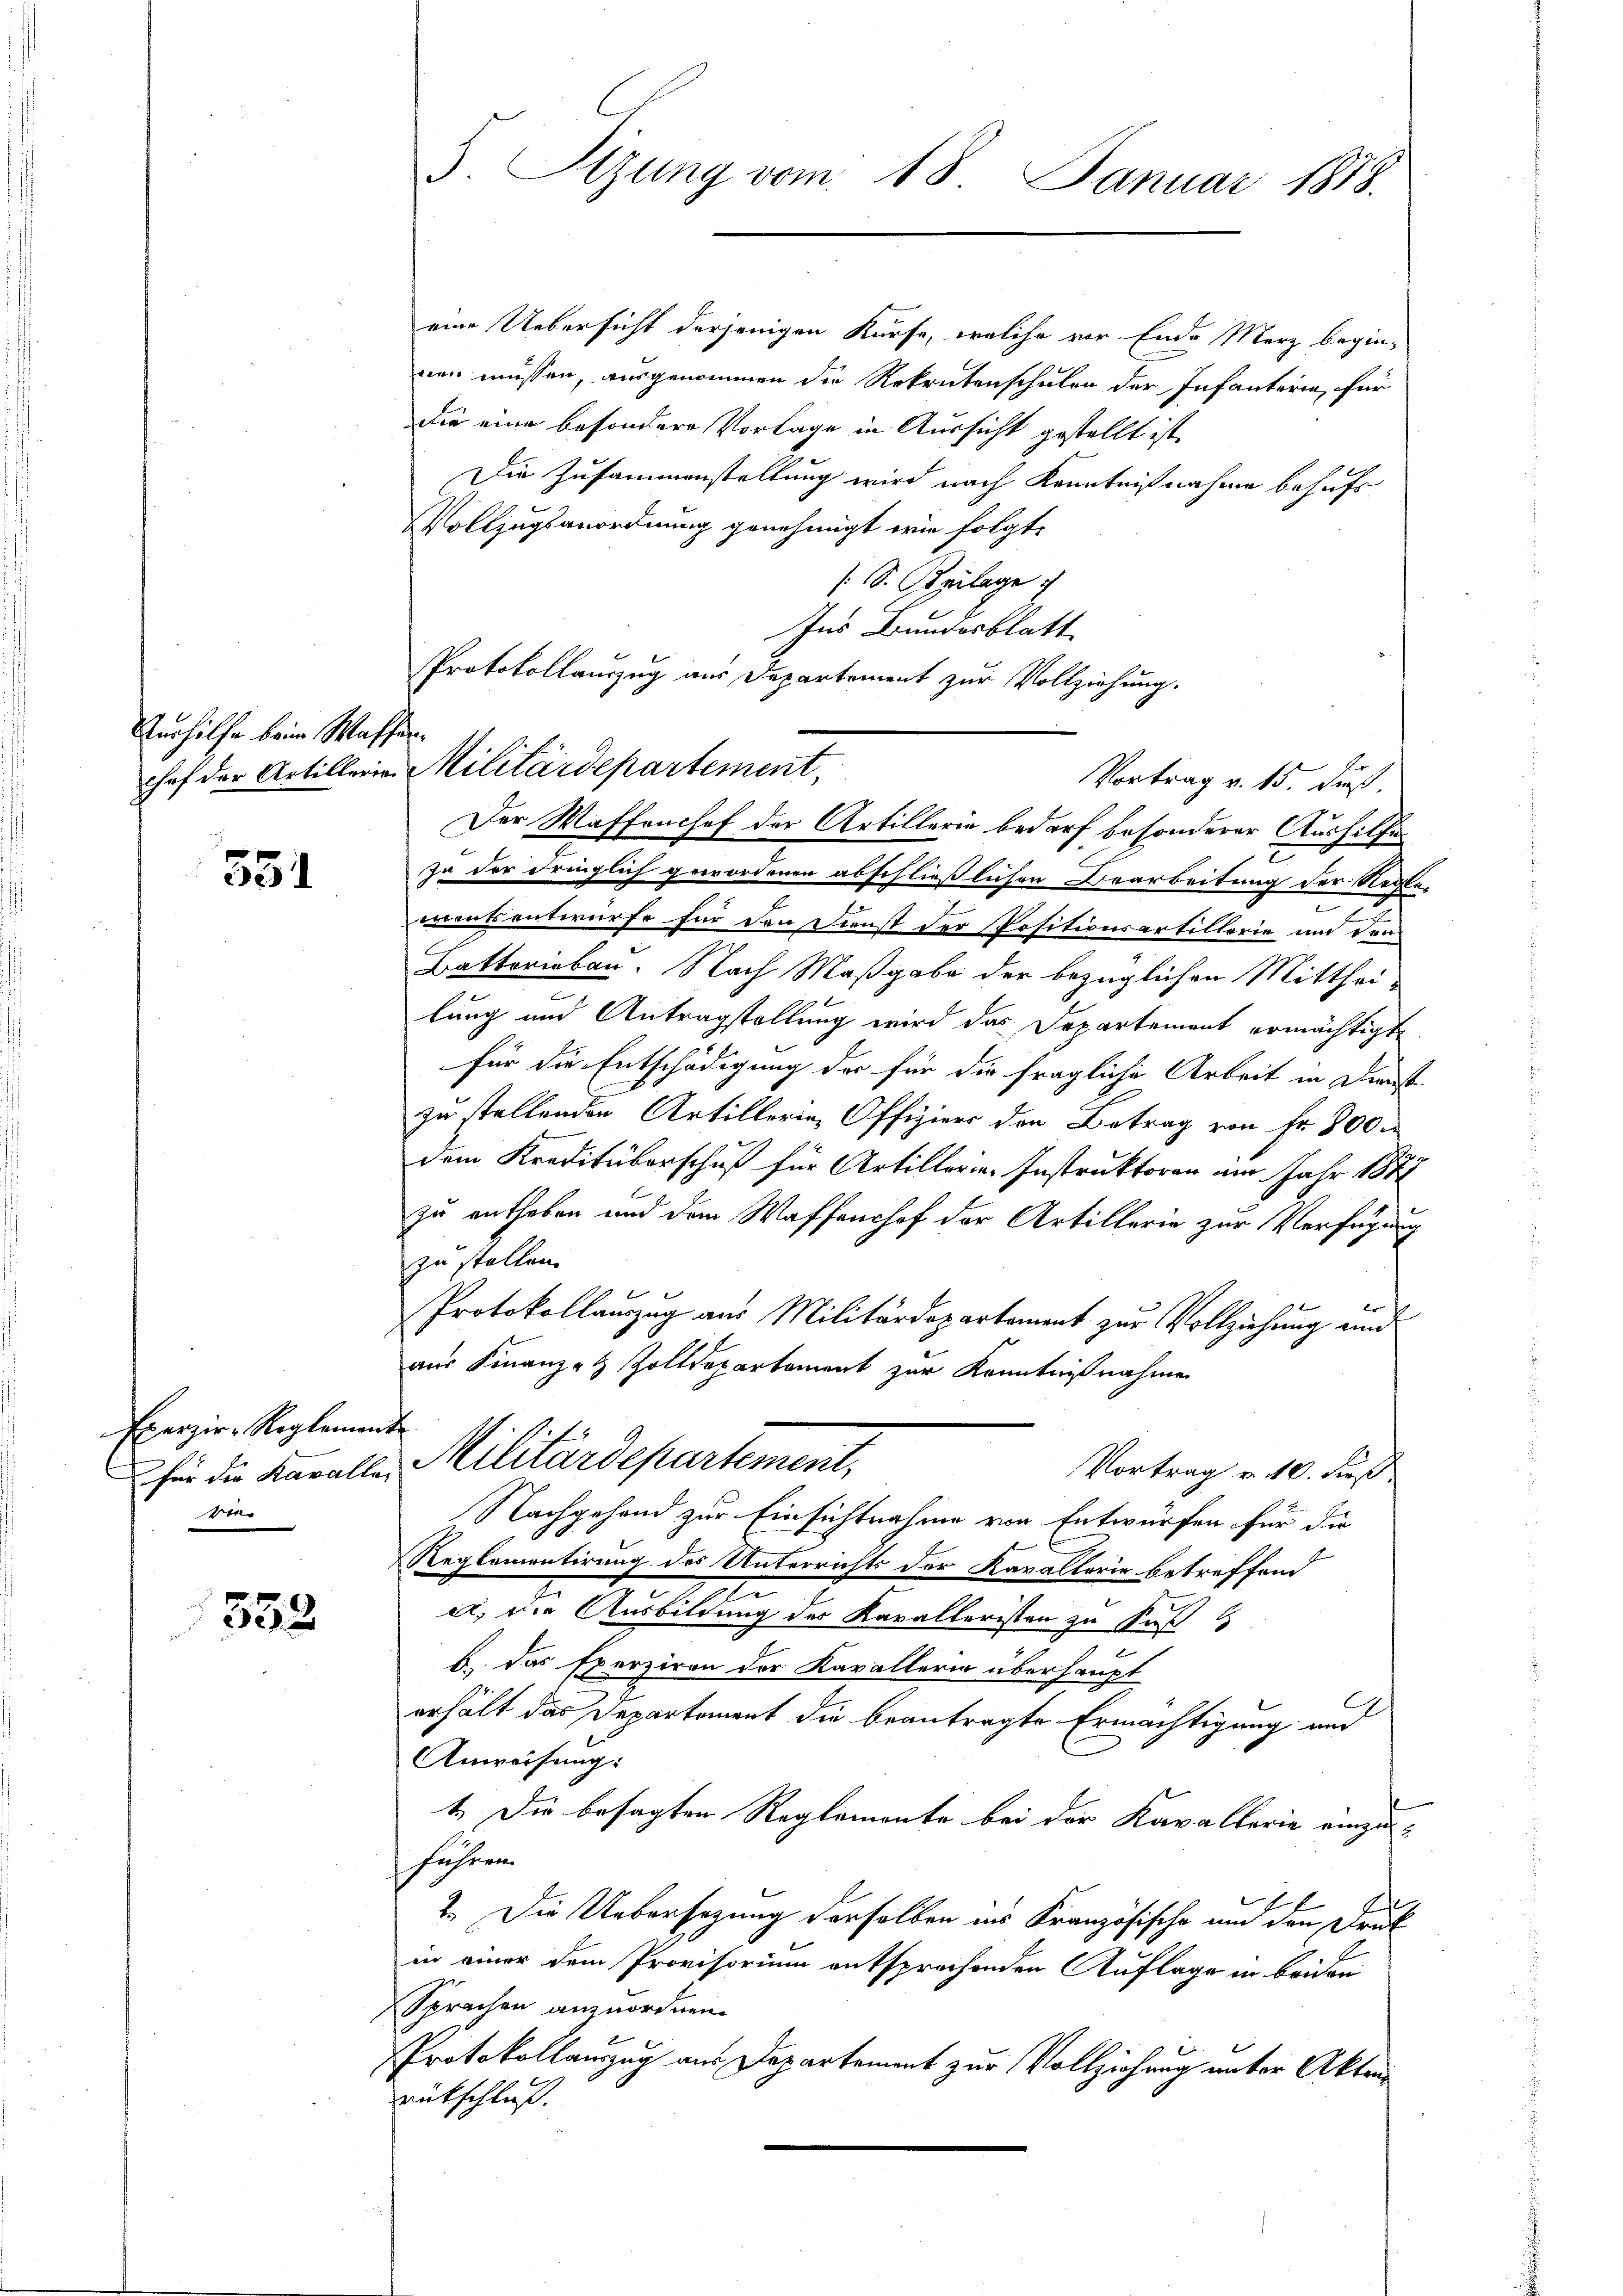
Verhilfe beim Waffen

531

Exerzir-Reglement
e

352

5. Sizung vom 18. Januar 1818.

eine Uebersicht derjenigen Kürfe, welche vor Ende Merz begin-
nen müssen, ausgenommen die Rekrutenschulen der Infanteria, für
die eine besondere Vorlage in Aussicht gestellt ist,
Die Zusammenstellung wird nach Kenntnißnahme behufs
Vollzugsanordnung genehmigt wie folgte
(S. Szilage
za der dringlich gewordenen abschließlichen Bearbeitung der Regle-
e
2
mentsentwurfe für den Dienst der Positionsartillerie und den
Batterieben. Nach Maßgabe der bezüglichen Mitthei-
lung und Antragstellung wird das Departement ermächtigt
für die Entschädigung der für die fragliche Arbeit in Dienst-
zu stellenden Artillerin, Offiziers den Betrag von Fr. 800 r
dem Kreditüberschuß für Artillerie-Instruktoren am Jahr 1881
zu enthoben und dem Waffenshof der Artillerie zur Verfügung
zu stellen.
Protokollauszug aus Militärdepartement zur Vollziehung und
aus Finanze Zolldepartement zur Kenntnißnahme
für die Kavalle Militärdepartement,
Vortrag v. 10. dieß.
Nachgehend zur Einsichtnahme von Entwürfen für die
Reglementirung des Unterrichts der Kavallerie betreffend
.
et, die Ausbildung der Kavalleristen zu Fuß
b. das Exerziren der Kavallerin überhaupt
erhält das Departement die beantragte Ermächtigung und
Anweisung:
1. Die besagten Reglemente bei der Kavallerie einzu¬
Jahren.
2. Die Uebersezung derselben ins Kranzösische und den Druk
in einer dem Provisorium entsprechenden Auflage in beiden
Sprachen anzuordnen.
Protokollauszug aus Departement zur Vollziehung unter Akten
eütschluß.

Ins Bundesblatt
Protokollanzug aus Departement zur Vollziehung.
chef der Artillerie Militärdepartement,
Vortrag v. 15. dieß
Der Waffenshof der Artillerie bedarf besonderer Aushilfe